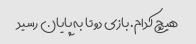
هیچ کدام. بازی دو تا به پایان رسید